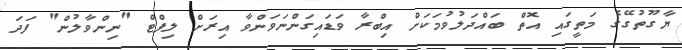
ޔާގޫތުގޭގެ މަތީގައި އޮތް ބައްދަލުވުމަކަށް އިބްރާ ވަޑައިގަންނަވަންވާ އިރަށް ލިފްޓް "ނިންވާލުން" ފަދަ